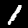
Label: 1